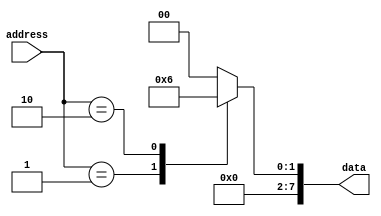
module Fuse_ROM (
    input [7:0] address,
    output reg [7:0] data
);

always @(address)
begin
    case(address)
        8'b00000000: data <= 8'b00000000; //data stored at address 0
        8'b00000001: data <= 8'b00000001; //data stored at address 1
        8'b00000010: data <= 8'b00000010; //data stored at address 2
        //Add more cases for additional addresses
        default: data <= 8'b00000000; //Default data if address is not specified
    endcase
end

endmodule